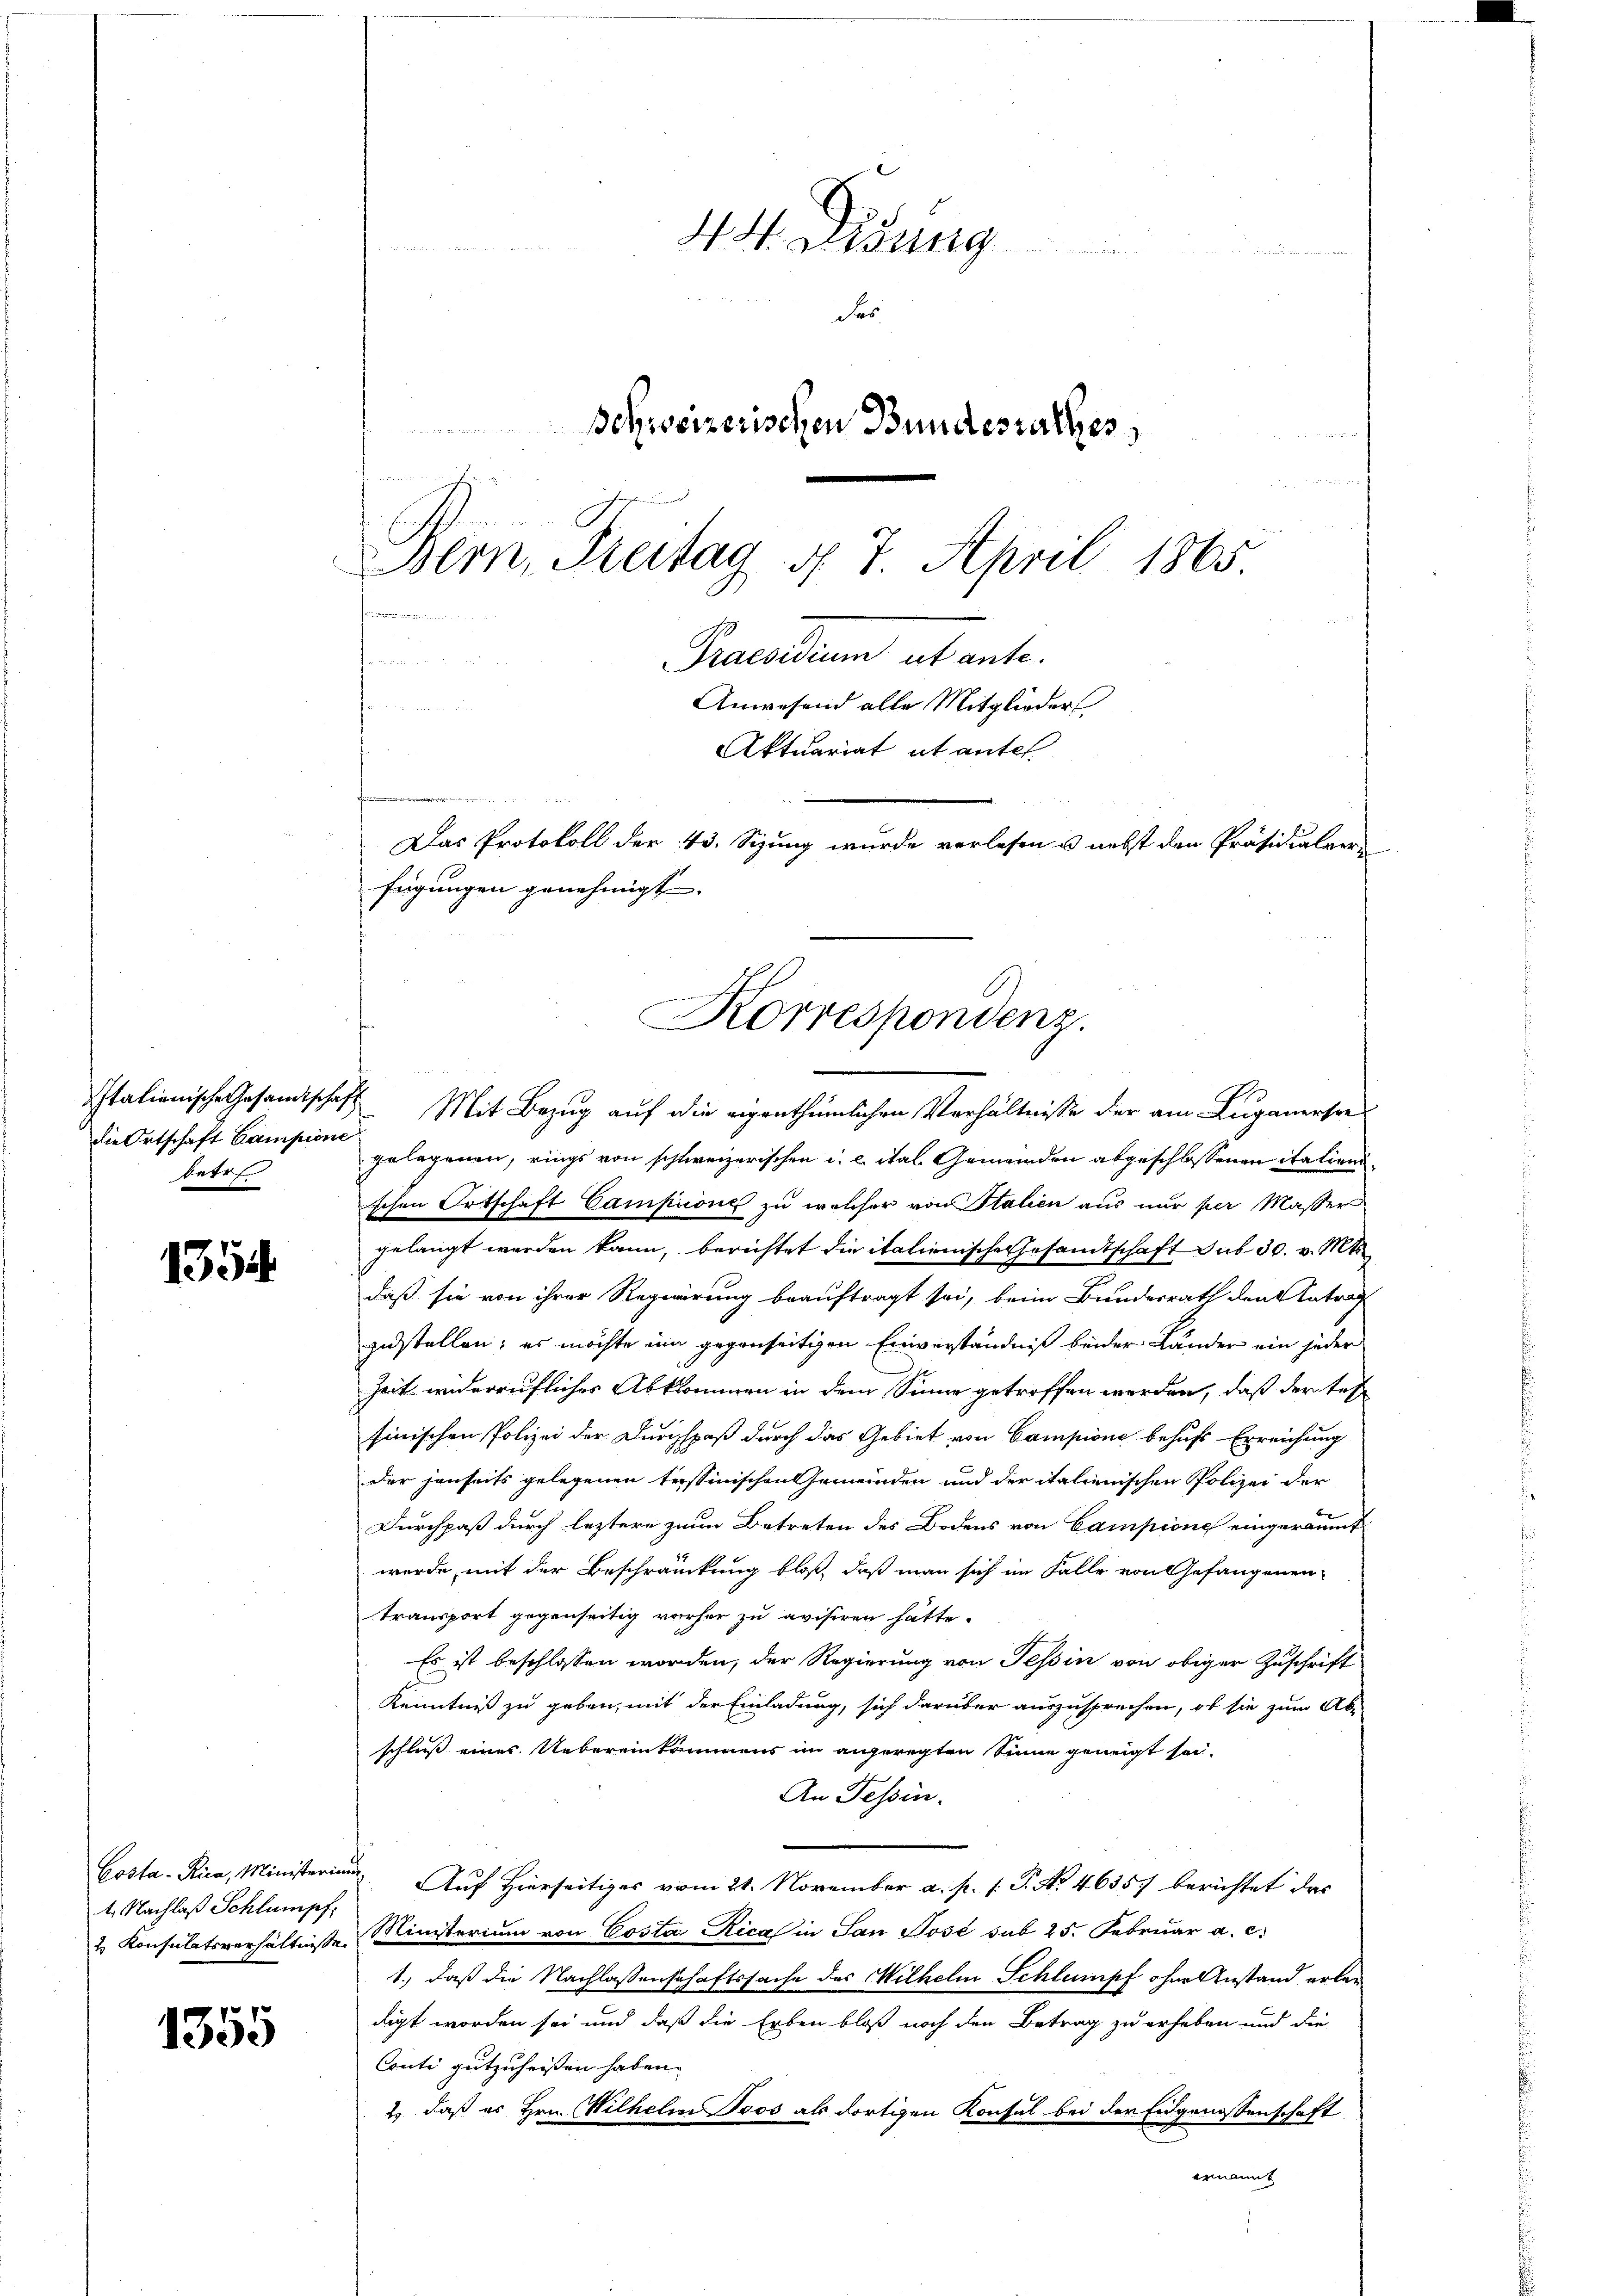
die Ortschaft Campione
betr

1354

1. Nachlaß Schlumpf,

1355

44. Lesung
des
Bohweizerischen Bundesrathes
Bern, Freitag d. 7. April 1865.
Pernommen
e

Italienische Gesandtschaft. Mit Bezug auf die eigenthümlichen Verhältnisse der am Luganerse
gelegenen, rings von schweizerischen u. c. ital. Gemeinden abgeschlossenen italienischen Ortschaft Campione zu welcher von Italien aus nur per Masser
gelangt werden kann, berichtet die italienische Gesandtschaft sub 30. v. Mts.
daß sie von ihrer Regierung beauftragt sei, beim Bundesrath den Antrag
zustellen; es möchte um gegenseitigen Einverständniß beider Länder ein jeder
Zeit widerrufliches Abkommen in dem Sinne getroffen werden, daß der tes
sinischen Polizei der Durchspaß durch das Gebiet von Campione behufs Erreichung
der jenseits gelegenen tessinischen Gemeinden und der italienischen Polizei der
Durchpaß durch letztere zum Betreten des Bodens von Campione eingeräumt
werde, mit der Beschränckung bloß, daß man sich im Falle von Gefangenen-
transport gegenseitig vorher zu avisiren hätte.
Es ist beschlossen worden, der Regierung von Tessin von obiger Zuschrift
Kenntniß zu geben, mit der Einladung, sich darüber auszusprechen, ob sie zum Abe
schluss eines Uebereinkommens im angeregten Sinne geneigt sei.
An Tessin.
Gosta-Rica, Ministerium Auf Hierseitiges vom 21. November a. p. 1. P. No. 46357 berichtet das
2 Konsulatsverhältniße insterium von Costa Rica in San Tosé sub 25. Februar a. c.
1., daß die Nachlassenschaftssache des Wilhelm Schlumpf ohne Anstand erlan
digt worden sei und daß die Erben bloß noch den Betrag zu erheben und die
Conti gutzuheissen haben.
2. daß es Hrn. Wilhelm Boos als dortigen Konsul bei der Eidgenossenschaft
ermannt

t
.
cheine
fügungen genehmigt. |
Korrespondenz.

Praesidium ut ante
Anwesend alle Mitglieder
Aktuariat et antel
Das Protokoll der 43. Sizung wurde verlesen u. nebst den Präsidialver